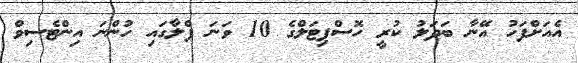
އެއަށްފަހު އޭނާ ބަދަލު ކުރީ ހޮސްޕިޓަލްގެ 10 ވަނަ ފްލާގައި ހުންނަ އިންޓެސިވް